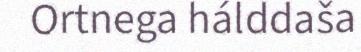
Ortnega hálddaša